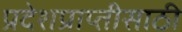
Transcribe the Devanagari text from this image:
प्रदेशप्राप्तीसाठी